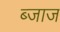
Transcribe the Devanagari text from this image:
ब्जाज